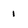
Character: 1